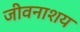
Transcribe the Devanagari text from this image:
जीवनाशय